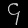
Digit: ၄